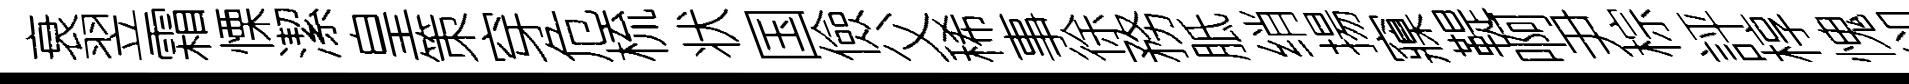
衰翌霜慄潔皇策穿危梳状国儉父稀事徐務胝绡揚䆿鞮啊尹棕評椁愧卻